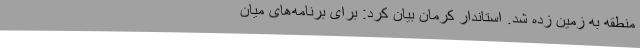
منطقه به زمین زده شد. استاندار کرمان بیان کرد: برای برنامه‌های میان